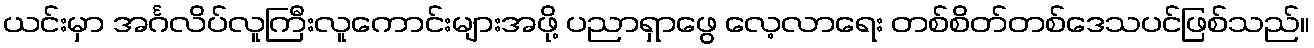
ယင်းမှာ အင်္ဂလိပ်လူကြီးလူကောင်းများအဖို့ ပညာရှာဖွေ လေ့လာရေး တစ်စိတ်တစ်ဒေသပင်ဖြစ်သည်။